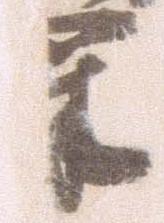
軍